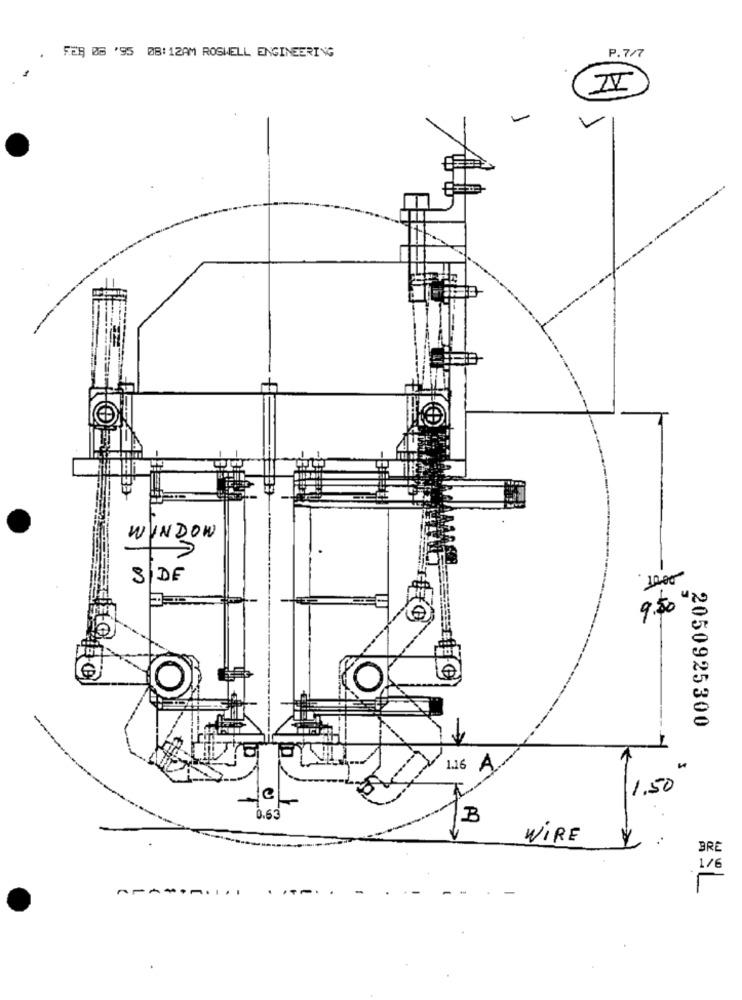
FER 06 '95 ØB: 12AM ROSWELL ENGINEERING
P.7/7
II
V
WINDOW
SIDE
1000
9.50 uhr
2050925300
1.16 A
1,50
0.63
B
WIRE
BRE
1 / 6